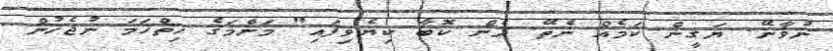
ނުވާނޭ. ޔަގީން ކަމެއް ނެތޭ. ދެން ކޮބާ ކިޔެވިފައި" މަންމަގެ ހިތްހަމަ ނުޖެހުން